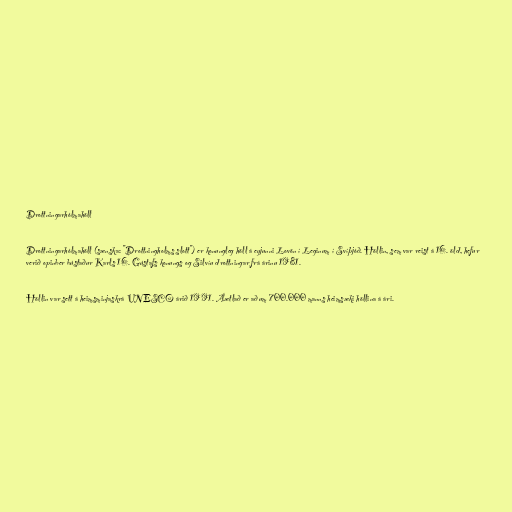
Drottningarhólmahöll

Drottningarhólmahöll (sænska: "Drottningholms slott") er konungleg höll á eyjunni Lovön í Leginum í Svíþjóð. Höllin, sem var reist á 16. öld, hefur
verið opinber bústaður Karls 16. Gústafs konungs og Silvíu drottningar frá árinu 1981.

Höllin var sett á heimsminjaskrá UNESCO árið 1991. Áætlað er að um 700.000 manns heimsæki höllina á ári.